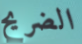
الضريح